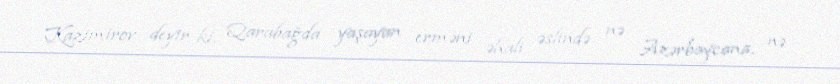
Kazimirov deyir ki, Qarabağda yaşayan erməni əhali əslində nə Azərbaycana, nə